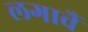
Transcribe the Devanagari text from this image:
लगावैं